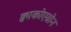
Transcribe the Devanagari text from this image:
क्वाकोएग्रोन